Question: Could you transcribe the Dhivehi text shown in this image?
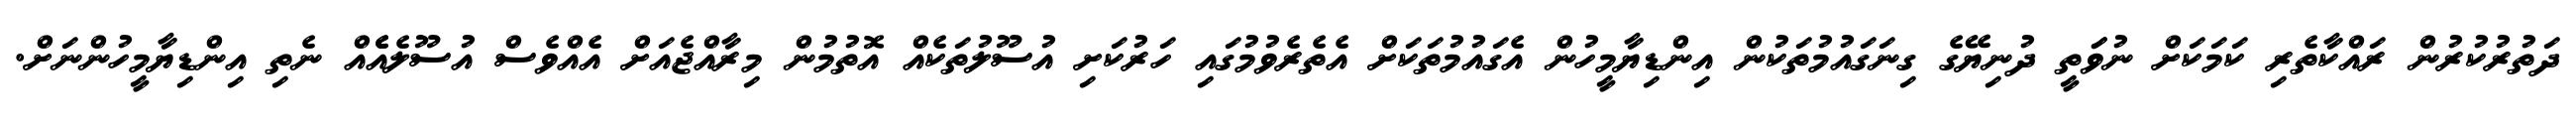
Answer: ދަތުރުކުރުން ރައްކާތެރި ކަމަކަށް ނުވަަތީ ދުނިޔޭގެ ގިނަގައުމުތަކުން އިންޑިޔާމީހުން އެގައުމުތަކަށް އެތެރެވުމުގައި ހަރުކަށި އުސޫލުތަކެއް އޮތުމުން މިރާއްޖެއަށް އެއްވެސް އުސޫލެއެެއް ނެތި އިންޑިޔާމީހުންނަށް.